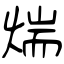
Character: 煓